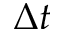
\Delta t